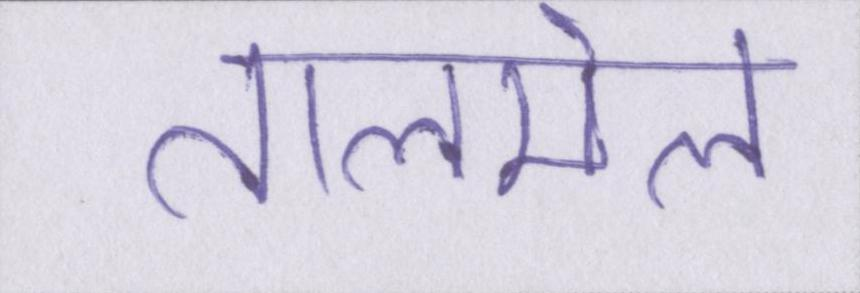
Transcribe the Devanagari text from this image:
तालमेल